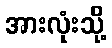
အားလုံးသို့